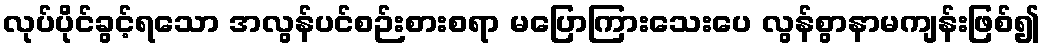
လုပ်ပိုင်ခွင့်ရသော အလွန်ပင်စဉ်းစားစရာ မပြောကြားသေးပေ လွန်စွာနာမကျန်းဖြစ်၍